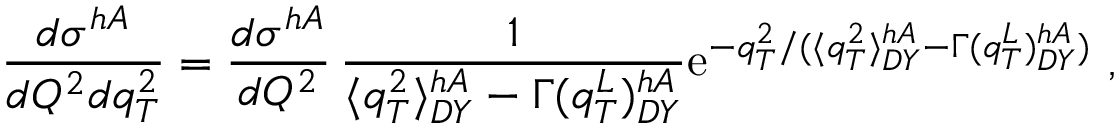
\frac { d \sigma ^ { h A } } { d Q ^ { 2 } d q _ { T } ^ { 2 } } = \frac { d \sigma ^ { h A } } { d Q ^ { 2 } } \, \frac { 1 } { \langle q _ { T } ^ { 2 } \rangle _ { D Y } ^ { h A } - \Gamma ( q _ { T } ^ { L } ) _ { D Y } ^ { h A } } \mathrm { e } ^ { - q _ { T } ^ { 2 } / ( \langle q _ { T } ^ { 2 } \rangle _ { D Y } ^ { h A } - \Gamma ( q _ { T } ^ { L } ) _ { D Y } ^ { h A } ) } \ ,